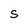
Character: S